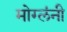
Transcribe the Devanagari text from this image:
मोग्लंनी